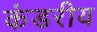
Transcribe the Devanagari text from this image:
कंडरीय